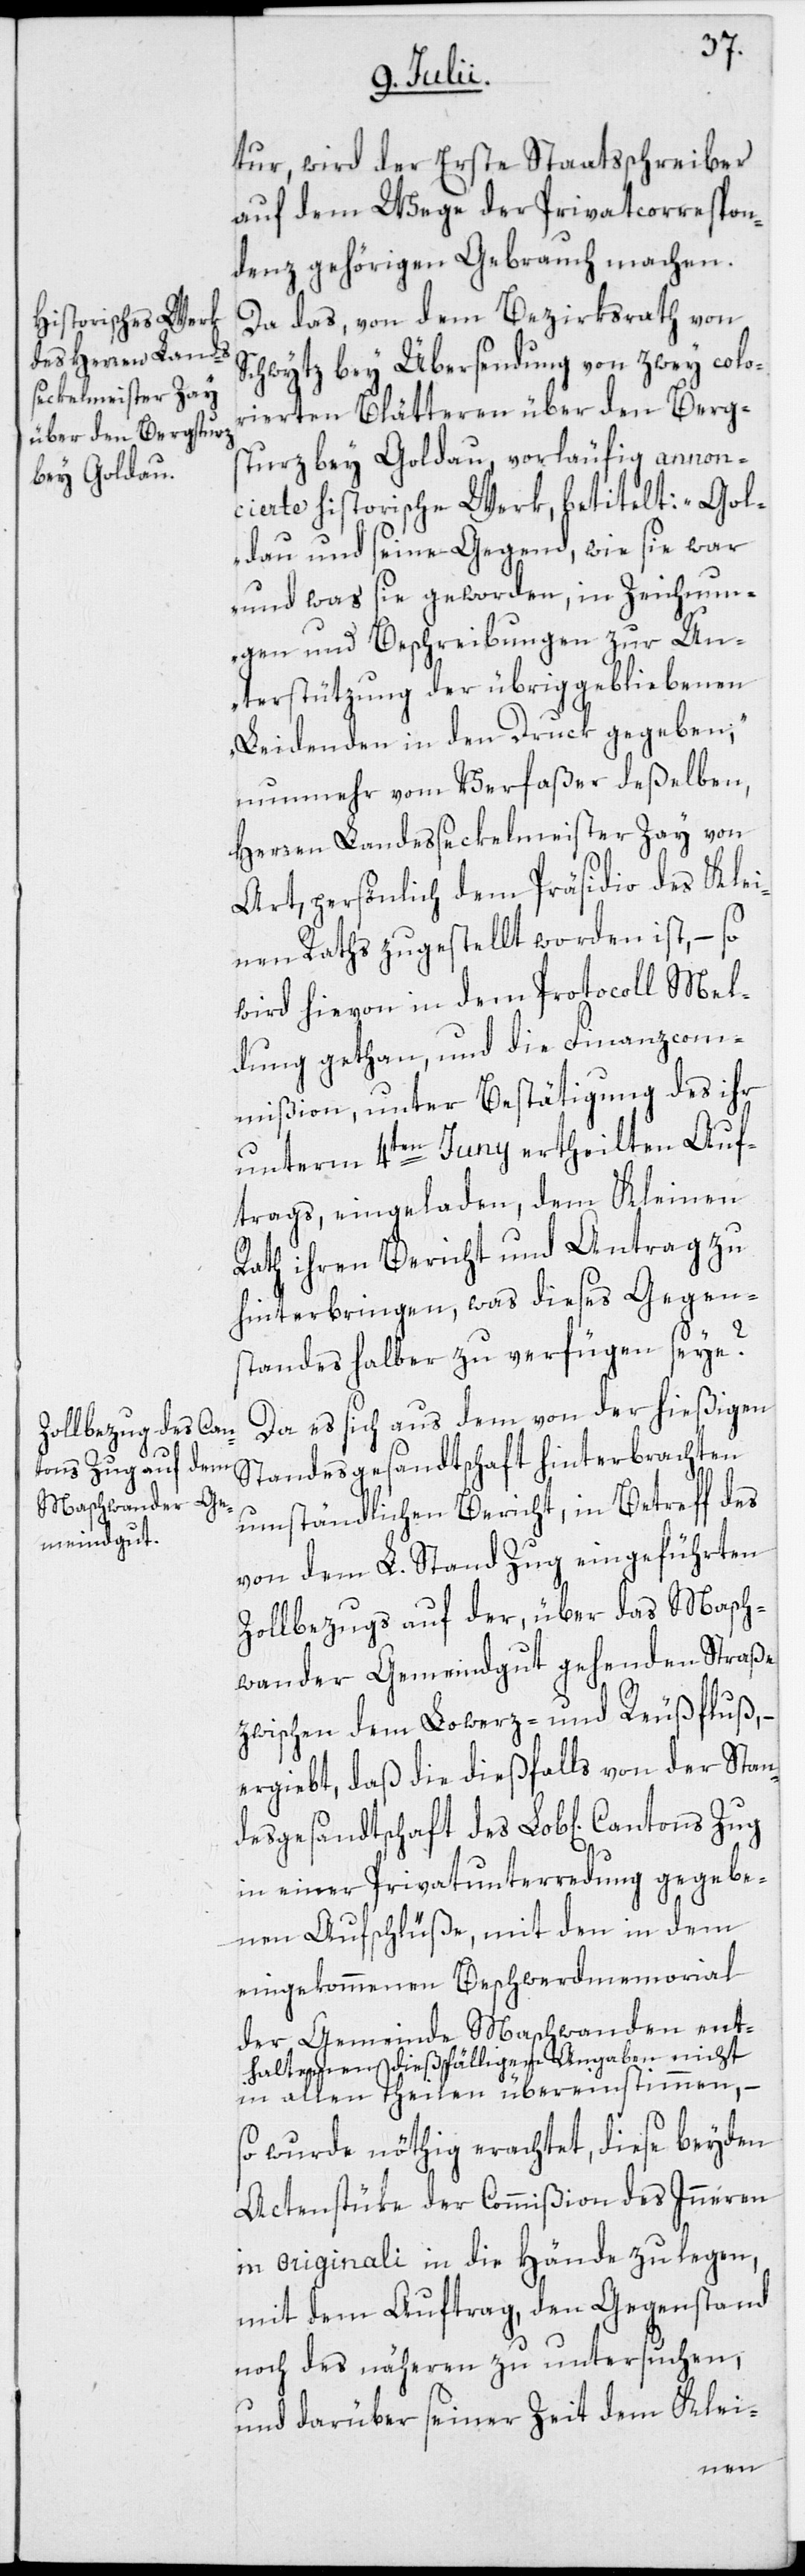
tur, wird der Erste Staatsschreiber
auf dem Wege der Privatcorrespon¬
denz gehörigen Gebrauch machen.
Da das, von dem Bezirksrath von
Schwytz bey Übersendung von zwey colo¬
rierten Blätteren über den Berg¬
sturz bey Goldau, vorläufig annon¬
cierte historische Werk, betitelt: „Gol¬
dau und seine Gegend, wie sie war
und was sie geworden, in Zeichnun¬
gen und Beschreibungen zur Un¬
terstützung der übrig gebliebenen
Leidenden in den Druck gegeben“;
nunmehr vom Verfaßer deßelben,
Herren Landesseckelmeister Zay von
Art, persönlich dem Präsidio des Klei¬
nen Raths zugestellt worden ist, – so
wird hievon in dem Protocoll Mel¬
dung gethan, und die Finanzcom¬
mißion, unter Bestätigung des ihr
unterm 4ten Juny ertheilten Auf¬
trags, eingeladen, dem Kleinen
Rath ihren Bericht und Antrag zu
hinterbringen, was dieses Gegen¬
standes halber zu verfügen seye?
Da es sich aus dem von der hießigen
Standesgesandtschaft hinterbrachten
umständlichen Bericht, in Betreff des
von dem L. Stand Zug eingeführten
Zollbezugs auf der, über das Masch¬
wander Gemeindgut gehenden Straße
zwischen dem Lowerz- und Reußfluß, –
ergiebt, daß die dießfalls von der Stan¬
desgesandtschaft des Lob[lichen]
in einer Privatunterredung gegebe¬
nen Aufschlüße, mit den in dem
eingekommenen Beschwerdmemorial
der Gemeinde Maschwanden ent¬
haltenen dießfälligen Angaben nicht
in allen Theilen übereinstimmen, –
so wurde nöthig erachtet, diese beyden
Actenstüke der Commißion des Inneren
in originali in die Hände zu legen,
mit dem Auftrag, den Gegenstand
noch des näheren zu untersuchen,
und darüber seiner Zeit dem Klei-